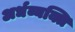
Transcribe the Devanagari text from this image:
अर्धव्यक्ति